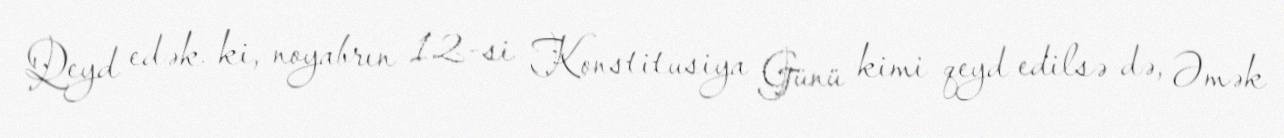
Qeyd edək ki, noyabrın 12-si Konstitusiya Günü kimi qeyd edilsə də, Əmək